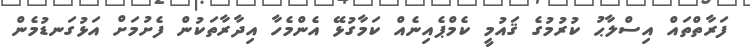
ފަރާތްތައް އިސްލާޙު ކުރުމުގެ ޤައުމީ ކެމްޕެއިނެއް ކަމާގުޅޭ އެންމެހާ އިދާރާތަކުން ފެށުމަށް އަޅުގަނޑުމެން